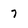
Character: 7